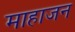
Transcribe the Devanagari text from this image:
माहाजन